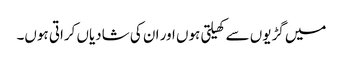
میں گڑیوں سے کھیلتی ہوں اور ان کی شادیاں کراتی ہوں۔